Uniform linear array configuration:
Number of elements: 12
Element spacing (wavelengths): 1
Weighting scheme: hamming
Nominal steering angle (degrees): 45
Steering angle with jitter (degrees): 44.216
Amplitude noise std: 0.05
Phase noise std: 0.05

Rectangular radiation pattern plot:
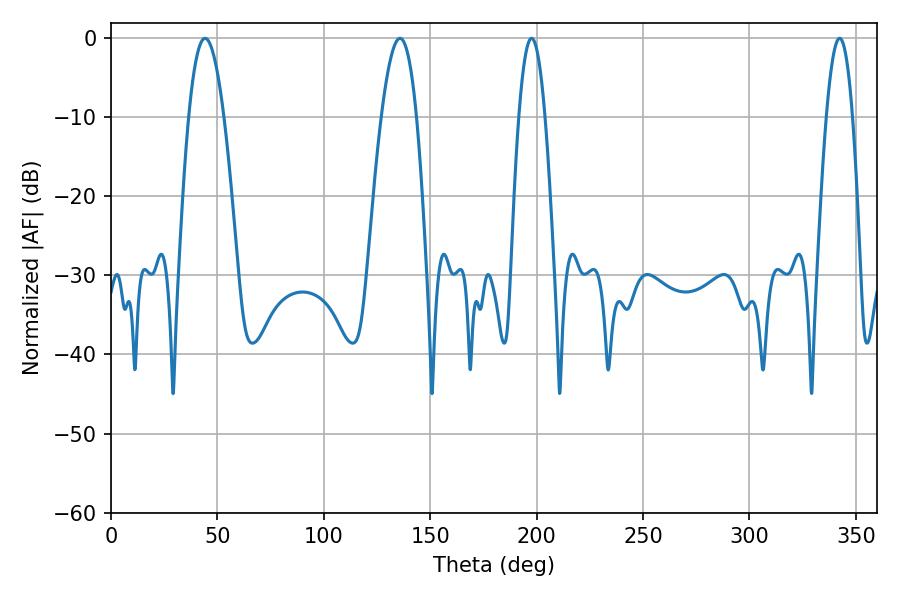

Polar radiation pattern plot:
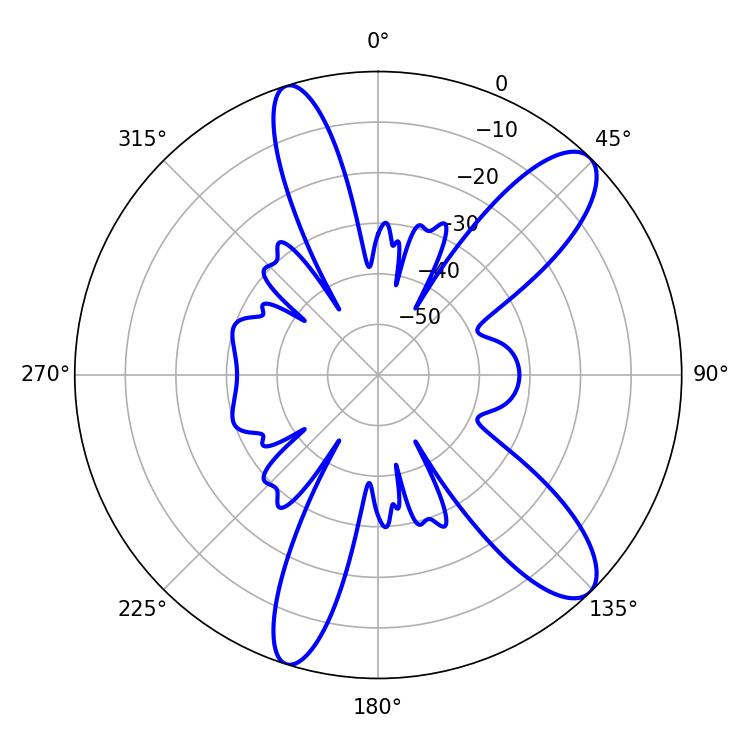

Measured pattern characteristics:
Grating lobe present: TRUE
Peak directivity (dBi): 10.954
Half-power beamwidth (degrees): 6.84
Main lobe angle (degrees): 197.64